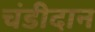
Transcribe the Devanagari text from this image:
चंडीदान